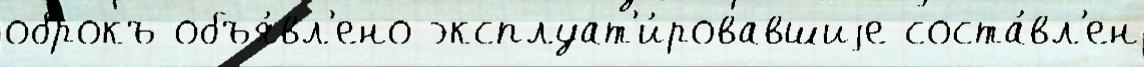
оброкъ объя́вл'ено эксплуат'и́ровавшиjе соста́вл'ен